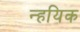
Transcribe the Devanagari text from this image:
न्हयिक